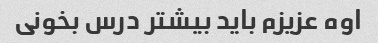
اوه عزیزم باید بیشتر درس بخونی